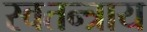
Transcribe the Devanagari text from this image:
स्वतन्त्राय